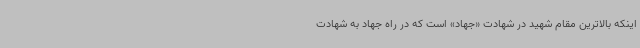
اینکه بالاترین مقام شهید در شهادت «جهاد» است که در راه جهاد به شهادت